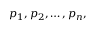
p _ { 1 } , p _ { 2 } , \ldots , p _ { n } ,